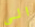
الى